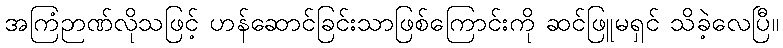
အကြံဉာဏ်လိုသဖြင့် ဟန်ဆောင်ခြင်းသာဖြစ်ကြောင်းကို ဆင်ဖြူမရှင် သိခဲ့လေပြီ။